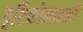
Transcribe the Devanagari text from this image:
दृष्टिकोनातली